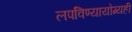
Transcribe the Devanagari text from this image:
लपविण्यायोग्यही